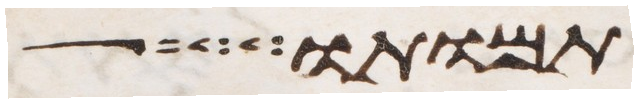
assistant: תמותו